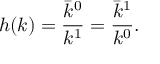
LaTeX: h ( k ) = \frac { \bar { k } ^ { 0 } } { k ^ { 1 } } = \frac { \bar { k } ^ { 1 } } { k ^ { 0 } } .